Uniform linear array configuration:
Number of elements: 12
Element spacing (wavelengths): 0.75
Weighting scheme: cosine
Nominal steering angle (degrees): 15
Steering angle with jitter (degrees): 15.524
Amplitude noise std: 0.05
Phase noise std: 0.05

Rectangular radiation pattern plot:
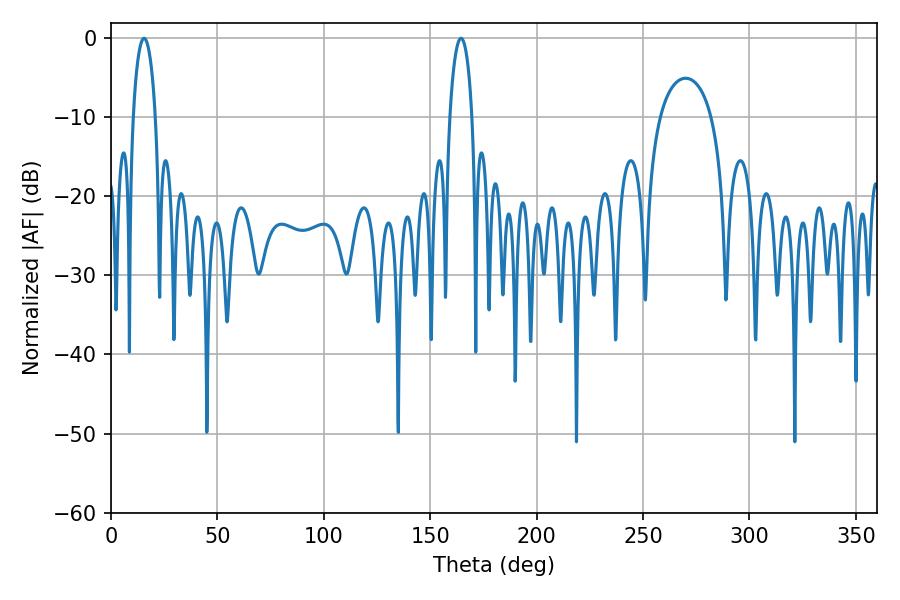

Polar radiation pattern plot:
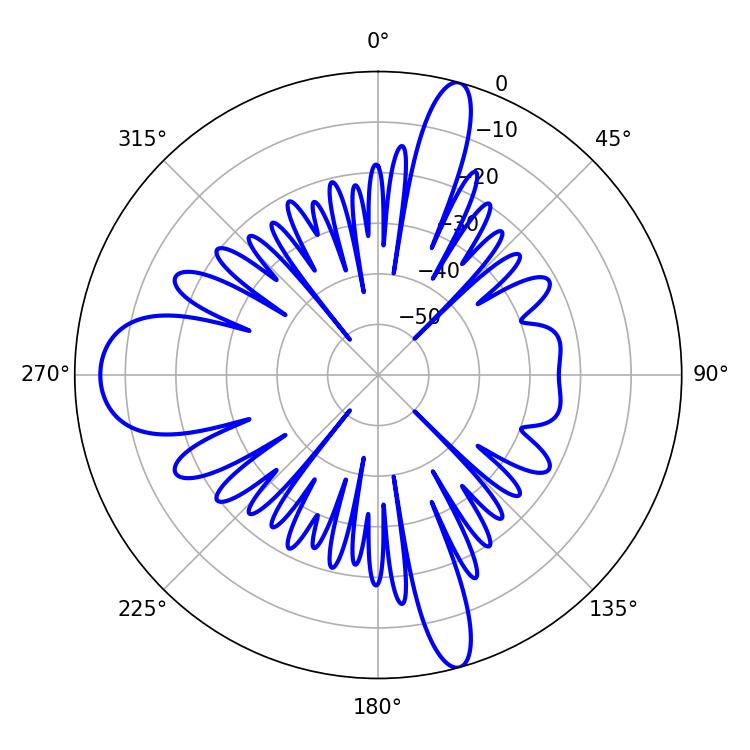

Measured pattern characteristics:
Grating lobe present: TRUE
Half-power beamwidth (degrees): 5.94
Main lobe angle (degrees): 15.48